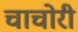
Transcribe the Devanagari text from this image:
चाचोरी